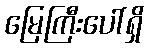
မြေကြီးပေါ်ရှိ